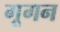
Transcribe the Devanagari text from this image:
गूगन